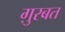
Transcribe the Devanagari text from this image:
ग़ुरबत